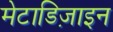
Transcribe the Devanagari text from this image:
मेटाडिज़ाइन